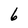
Character: 6